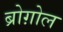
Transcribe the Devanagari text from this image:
ब्रोग़ोल